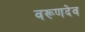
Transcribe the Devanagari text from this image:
वरूणदेव